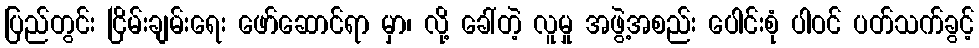
ပြည်တွင်း ငြိမ်းချမ်းရေး ဖော်ဆောင်ရာ မှာ၊ လို့ ခေါ်တဲ့ လူမှု အဖွဲ့အစည်း ပေါင်းစုံ ပါဝင် ပတ်သက်ခွင့်